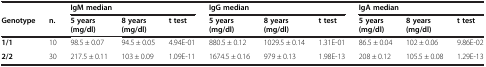
<table><thead><tr><td></td><td></td><td colspan="3"><b>IgM median</b></td><td colspan="3"><b>IgG median</b></td><td colspan="3"><b>IgA median</b></td></tr><tr><td><b>Genotype</b></td><td><b>n.</b></td><td><b>5 years (mg/dl)</b></td><td><b>8 years (mg/dl)</b></td><td><b>t test</b></td><td><b>5 years (mg/dl)</b></td><td><b>8 years (mg/dl)</b></td><td><b>t test</b></td><td><b>5 years (mg/dl)</b></td><td><b>8 years (mg/dl)</b></td><td><b>t test</b></td></tr></thead><tbody><tr><td><b>1/1</b></td><td>10</td><td>98.5 ± 0.07</td><td>94.5 ± 0.05</td><td>4.94E-01</td><td>880.5 ± 0.12</td><td>1029.5 ± 0.14</td><td>1.31E-01</td><td>86.5 ± 0.04</td><td>102 ± 0.06</td><td>9.86E-02</td></tr><tr><td><b>2/2</b></td><td>30</td><td>217.5 ± 0.11</td><td>103 ± 0.09</td><td>1.09E-11</td><td>1674.5 ± 0.16</td><td>979 ± 0.13</td><td>1.98E-13</td><td>208 ± 0.12</td><td>105.5 ± 0.08</td><td>1.29E-13</td></tr></tbody></table>